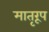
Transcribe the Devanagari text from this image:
मातृरूप